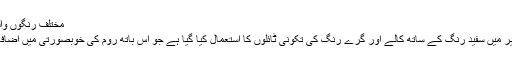
مختلف رنگوں والی تکونی ٹائلز
زیرِ نظر تصویر میں سفید رنگ کے ساتھ کالے اور گرے رنگ کی تکونی ٹائلوں کا استعمال کیا گیا ہے جو اس باتھ روم کی خوبصورتی میں اضافہ کر رہیں ہیں۔